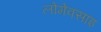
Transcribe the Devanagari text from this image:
लोमेक्साइ